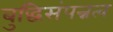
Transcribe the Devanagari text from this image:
बुद्धिसंपन्नत्व